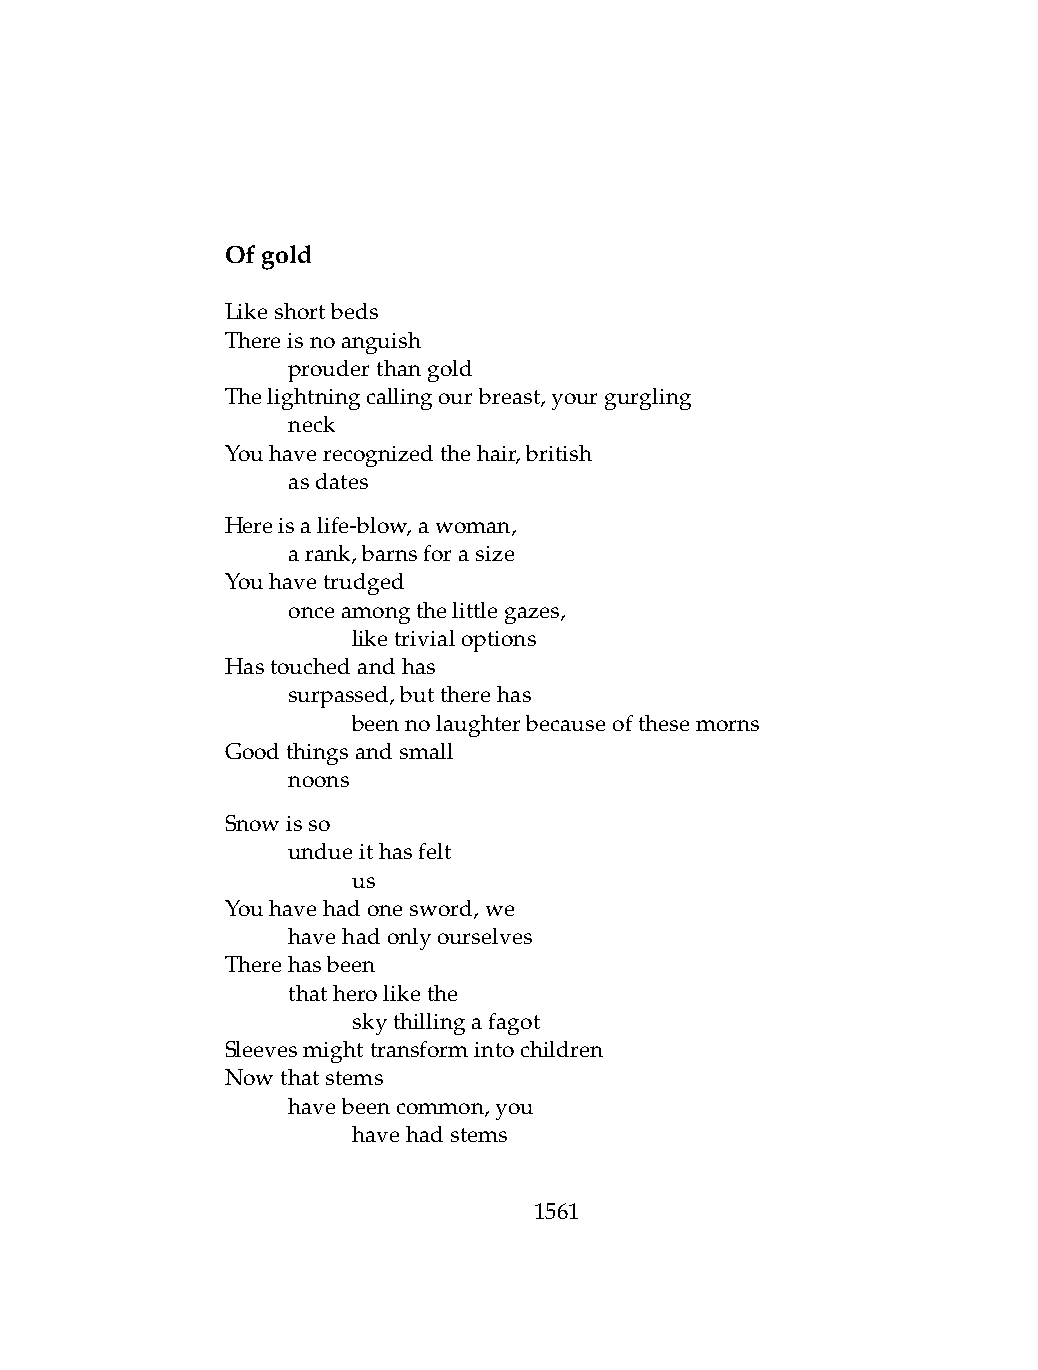
Ofgold
 Likeshortbeds
 Thereisnoanguish
 .   prouderthangold
 Thelightningcallingourbreast,yourgurgling
 .   neck
 Youhaverecognizedthehair,british
 .   asdates
 Hereisalife-blow,awoman,
 .   arank,barnsforasize
 Youhavetrudged
 .   onceamongthelittlegazes,
 .   .   liketrivialoptions
 Hastouchedandhas
 .   surpassed,buttherehas
 .   .   beennolaughterbecauseofthesemorns
 Goodthingsandsmall
 .   noons
 Snowisso
 .   undueithasfelt
 .   .   us
 Youhavehadonesword,we
 .   havehadonlyourselves
 Therehasbeen
 .   thatherolikethe
 .   .   skythillingafagot
 Sleevesmighttransformintochildren
 Nowthatstems
 .   havebeencommon,you
 .   .   havehadstems
 1561